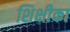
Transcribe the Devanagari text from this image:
शिक्षीका